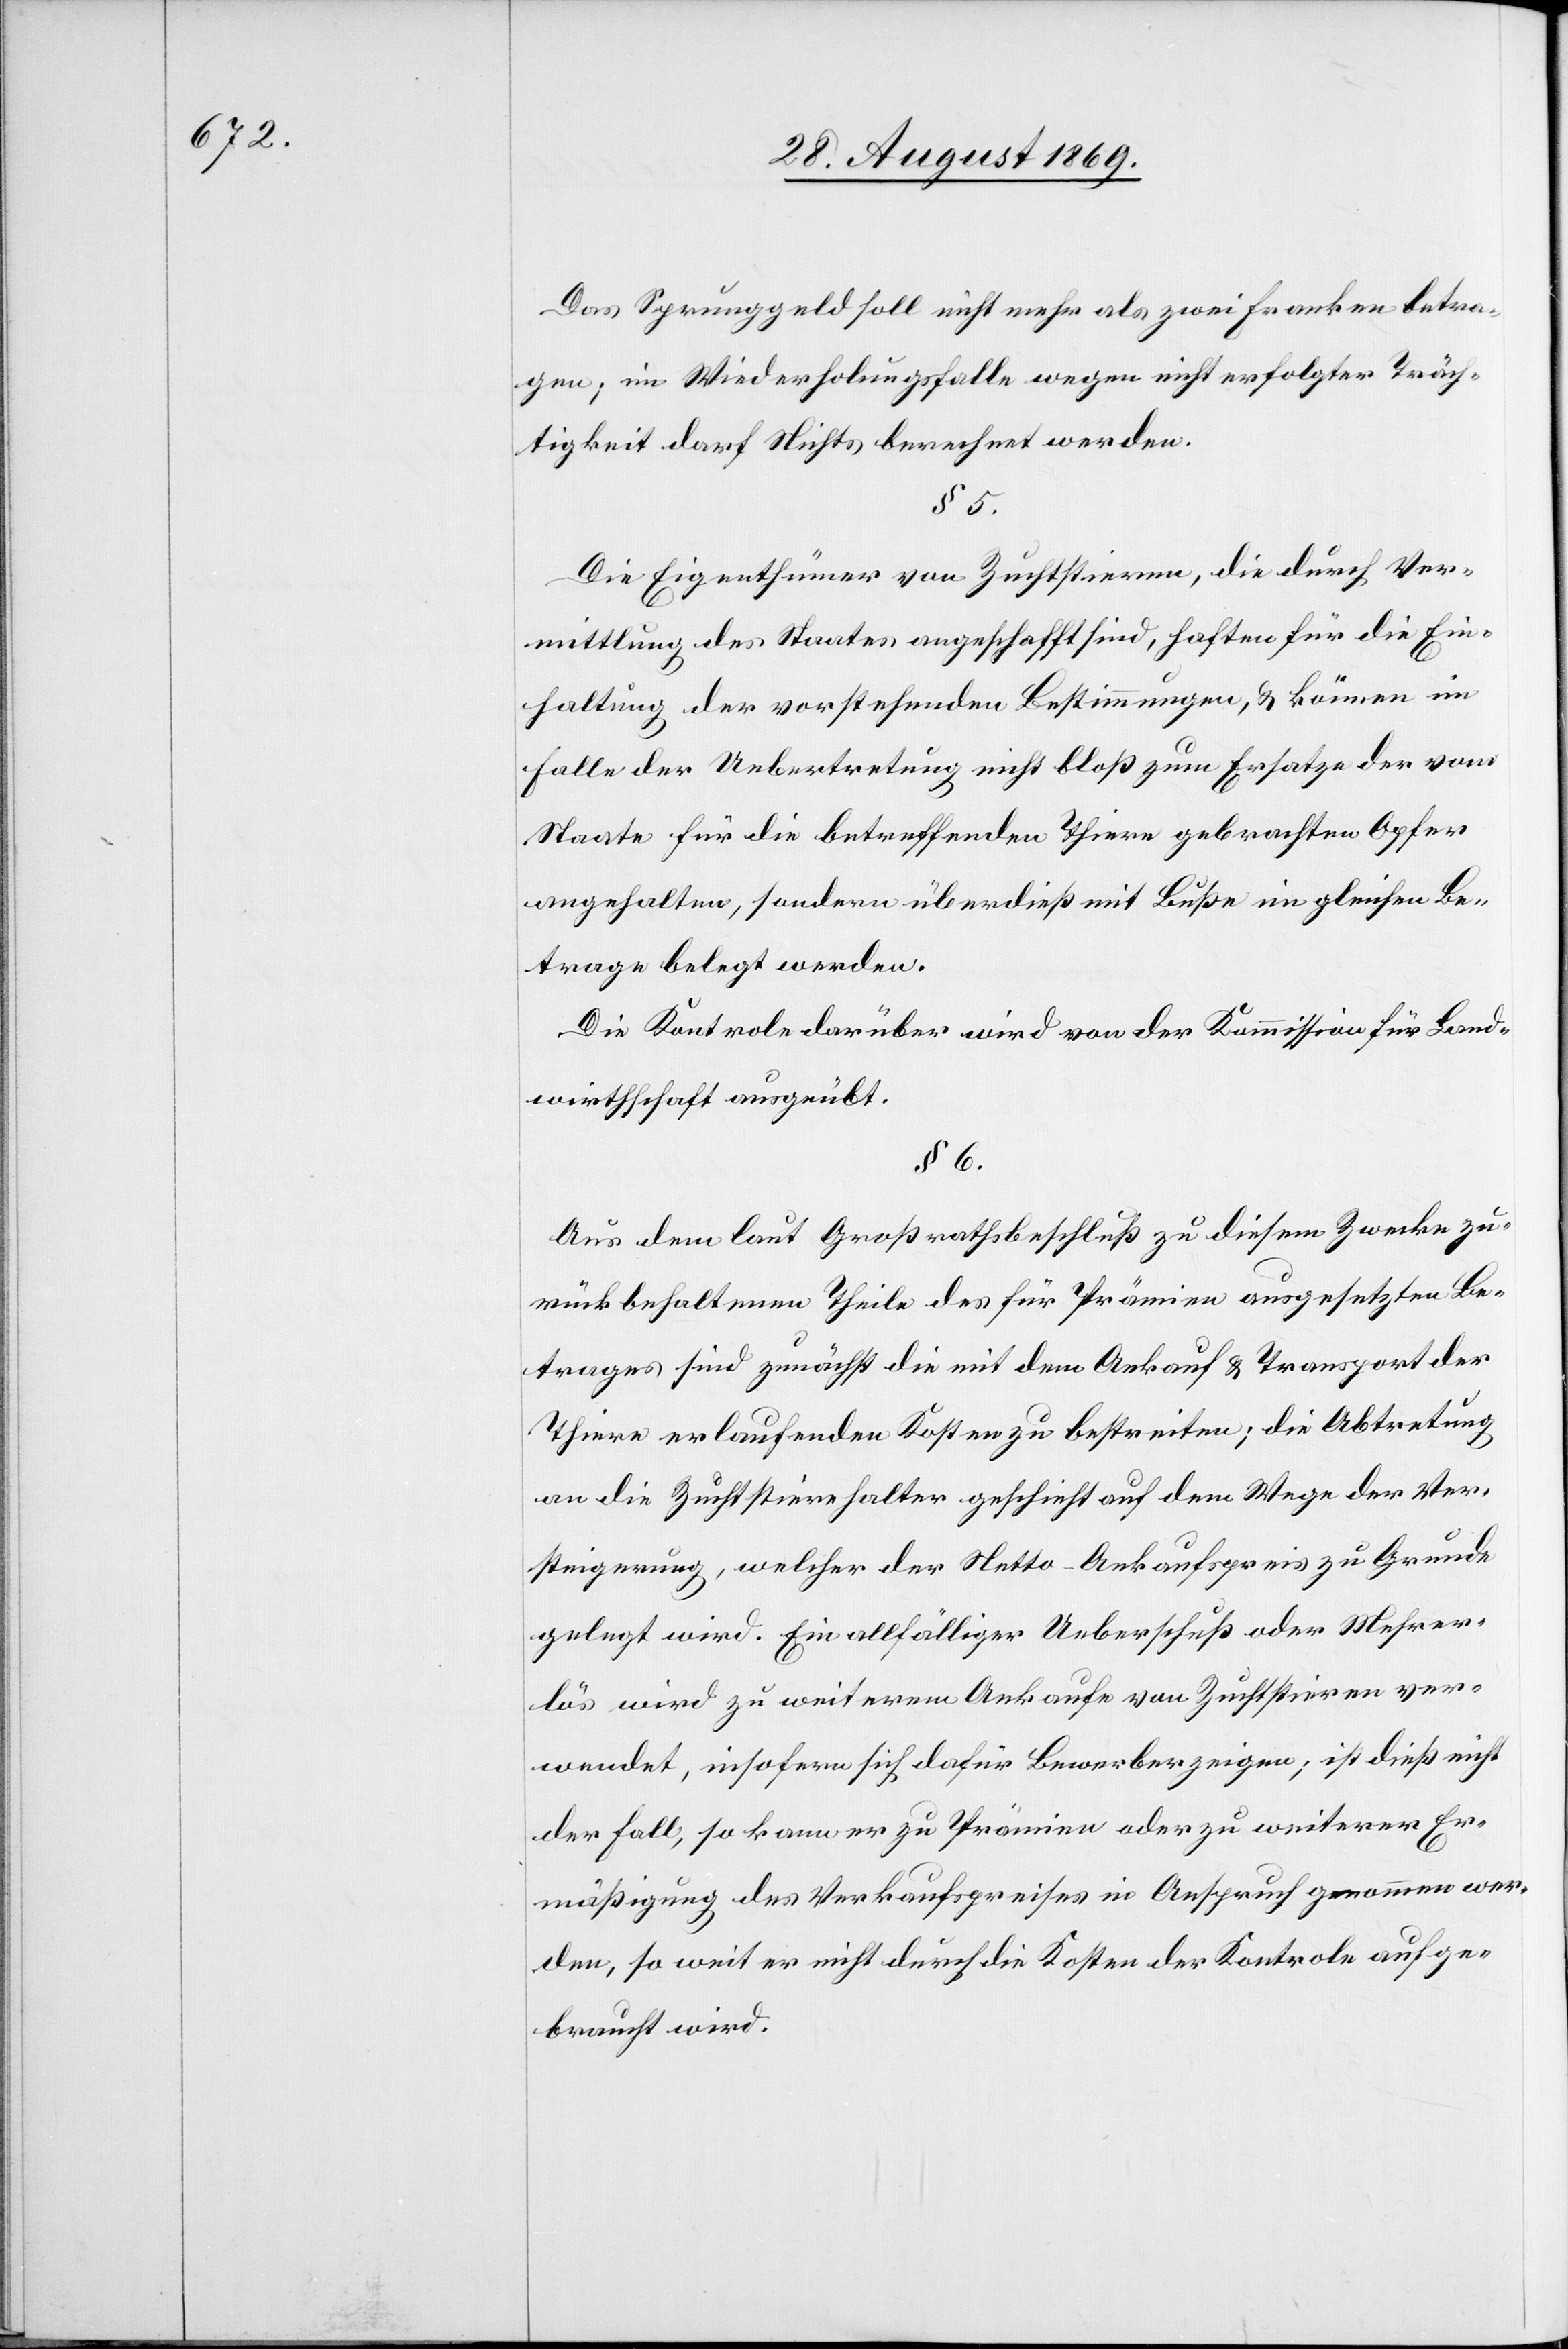
Das Sprunggeld soll nicht mehr als zwei Franken betra¬
gen; im Wiederholungsfalle wegen nicht erfolgter Träch¬
tigkeit darf Nichts berechnet werden.
§ 5.
Die Eigenthümer von Zuchtstieren, die durch Ver¬
mittlung des Staates angeschafft sind, haften für die Ein¬
haltung der vorstehenden Bestimmungen, & können im
Falle der Uebertretung nicht bloß zum Ersatze der vom
Staate für die betreffenden Thiere gebrachten Opfer
angehalten, sondern überdieß mit Buße im gleichen Be¬
trage belegt werden.
Die Kontrole darüber wird von der Kommission für Land¬
wirthschaft ausgeübt.
§ 6.
Aus dem laut Großrathsbeschluß zu diesem Zwecke zu¬
rückbehaltenen Theile des für Prämien ausgesetzten Be¬
trages sind zunächst die mit dem Ankauf & Transport der
Thiere erlaufenden Kosten zu bestreiten; die Abtretung
an die Zuchtstierehalter geschieht auf dem Wege der Ver¬
steigerung, welcher der Netto-Ankaufspreis zu Grunde
gelegt wird. Ein allfälliger Ueberschuß oder Mehrer¬
lös wird zu weiterem Ankaufe von Zuchtstieren ver¬
wendet, insofern sich dafür Bewerber zeigen; ist dieß nicht
der Fall, so kann er zu Prämien oder zu weiterer Er¬
mäßigung des Verkaufspreises in Anspruch genommen wer¬
den, so weit er nicht durch die Kosten der Kontrole aufge¬
braucht wird.